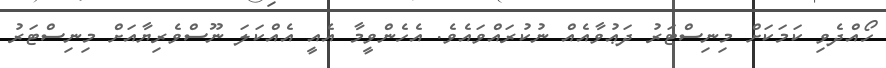
ހޯއްދެވި ކަމަކަށް މިނިސްޓަރު ދަޢުވާއެއް ނުކުރައްވައެވެ. އެހެންވީމާ އެއީ އެއްކަލަ ނޫސްވެރިޔާއަށް މިނިސްޓަރު